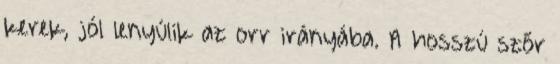
kerek, jól lenyúlik az orr irányába. A hosszú szőr